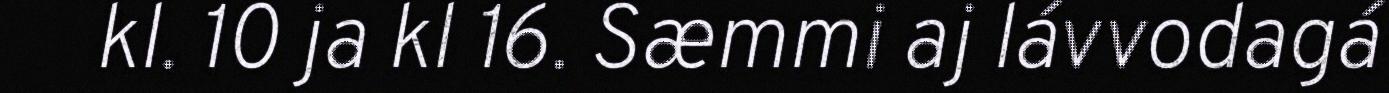
kl. 10 ja kl 16. Sæmmi aj lávvodagá